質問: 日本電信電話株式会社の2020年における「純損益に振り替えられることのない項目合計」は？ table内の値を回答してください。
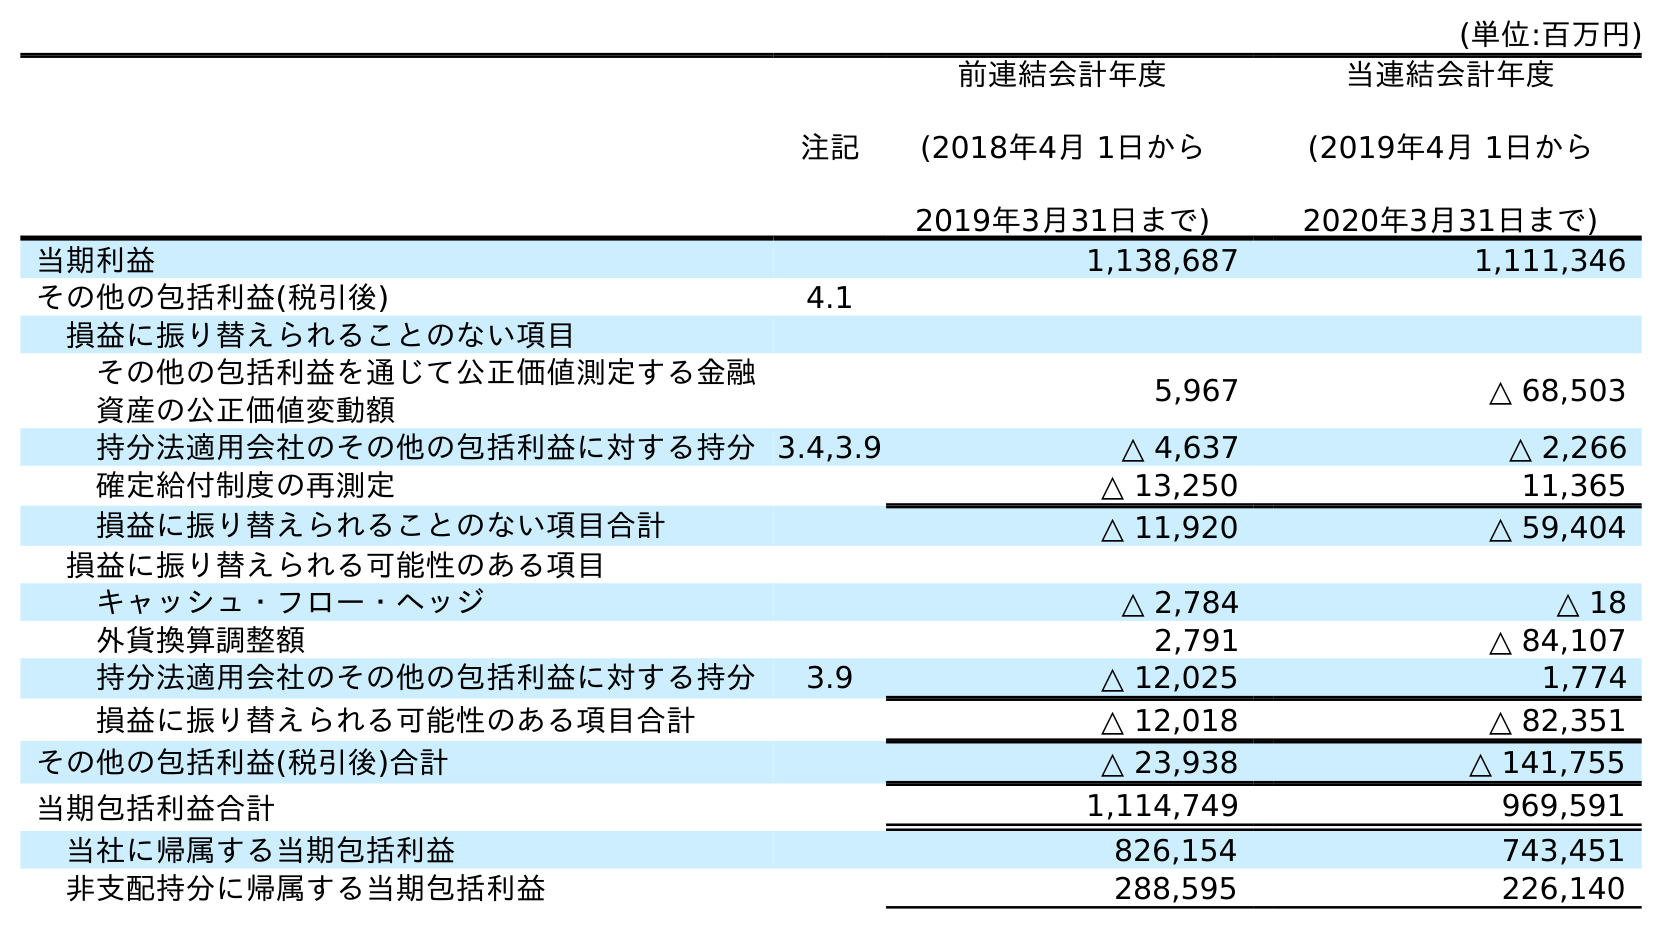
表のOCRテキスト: (単位:百万円) 注記 前連結会計年度 (2018年4月 1日から 2019年3月31日まで) 当連結会計年度 (2019年4月 1日から 2020年3月31日まで) 当期利益 1,138,687 1,111,346 その他の包括利益(税引後) 4.1 損益に振り替えられることのない項目 その他の包括利益を通じて公正価値測定する金融 資産の公正価値変動額 5,967 △ 68,503 持分法適用会社のその他の包括利益に対する持分3.4,3.9 △ 4,637 △ 2,266 確定給付制度の再測定 △ 13,250 11,365 損益に振り替えられることのない項目合計 △ 11,920 △ 59,404 損益に振り替えられる可能性のある項目 キャッシュ・フロー・ヘッジ △ 2,784 △ 18 外貨換算調整額 2,791 △ 84,107 持分法適用会社のその他の包括利益に対する持分 3.9 △ 12,025 1,774 損益に振り替えられる可能性のある項目合計 △ 12,018 △ 82,351 その他の包括利益(税引後)合計 △ 23,938 △ 141,755 当期包括利益合計 1,114,749 969,591 当社に帰属する当期包括利益 826,154 743,451 非支配持分に帰属する当期包括利益 288,595 226,140
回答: △59,404